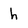
Character: h